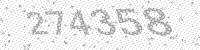
Solution: 274358